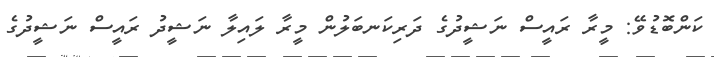
ކަންބޮޑުވޭ: މީރާ ރައީސް ނަޝީދުގެ ދަރިކަނބަލުން މީރާ ލައިލާ ނަޝީދު ރައީސް ނަޝީދުގެ